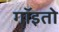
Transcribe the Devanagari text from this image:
गॉइतो